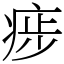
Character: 㾟